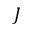
J